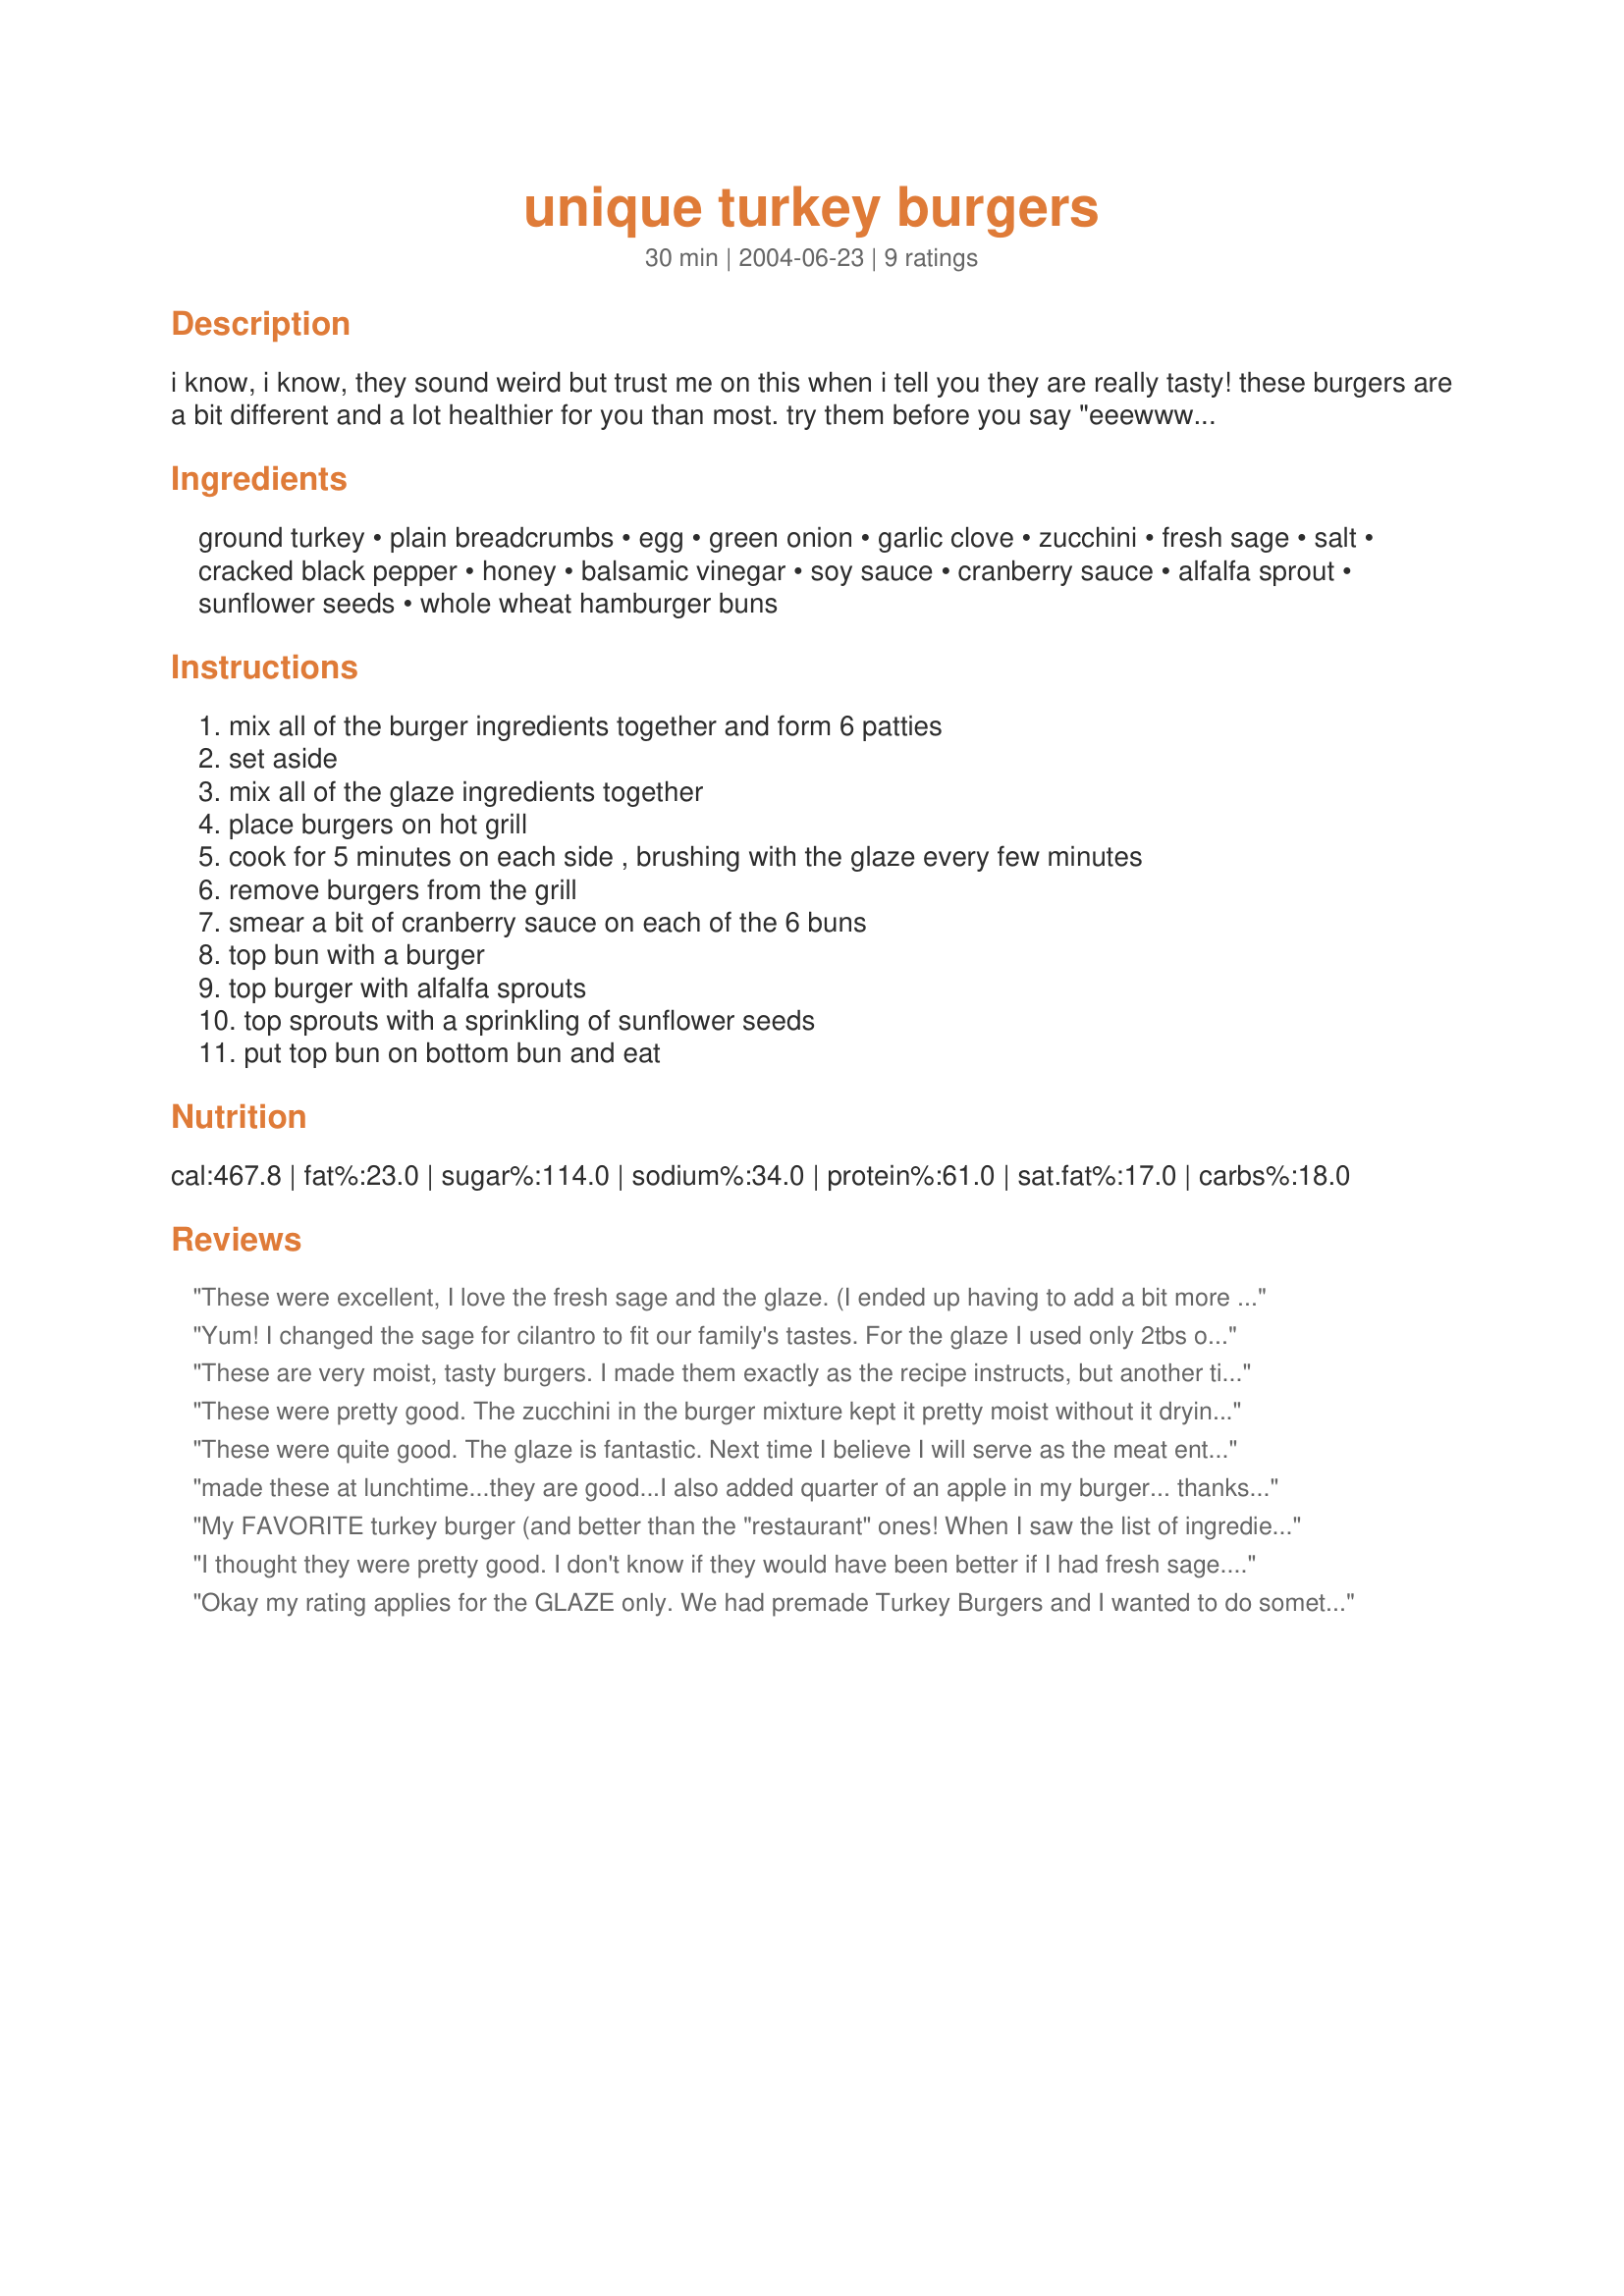
unique turkey burgers
Preparation time: 30 minutes

i know, i know, they sound weird but trust me on this when i tell you they are really tasty! these burgers are a bit different and a lot healthier for you than most. try them before you say "eeewwww." prep time includes the time needed to build the burgers after they are cooked.

Ingredients:
ground turkey, plain breadcrumbs, egg, green onion, garlic clove, zucchini, fresh sage, salt, cracked black pepper, honey, balsamic vinegar, soy sauce, cranberry sauce, alfalfa sprout, sunflower seeds, whole wheat hamburger buns

Steps:
mix all of the burger ingredients together and form 6 patties, set aside, mix all of the glaze ingredients together, place burgers on hot grill, cook for 5 minutes on each side , brushing with the glaze every few minutes, remove burgers from the grill, smear a bit of cranberry sauce on each of the 6 buns, top bun with a burger, top burger with alfalfa sprouts, top sprouts with a sprinkling of sunflower seeds, put top bun on bottom bun and eat

Reviews:
These were excellent, I love the fresh sage and the glaze. (I ended up having to add a bit more panko than I had anticipated.)
Yum! I changed the sage for cilantro to fit our family's tastes. For the glaze I used only 2tbs of maple syrup instead of the honey, that was plenty sweet. Also used the cranberry sauce which was a nice touch. Edited... still love this, figured I should give it 5 stars. I made a small batch (10 oz of meat) but it is hard to portion out the egg so I used a whole egg and for the breadcrumbs I used ground almonds to lower the carbs. I just added the almond flour until the texture was right.
These are very moist, tasty burgers. I made them exactly as the recipe instructs, but another time (and I will definitely make them again), I won't baste them with the glaze until just before they are done. For me and the grill I used, the glaze burned giving them a black charcoal coating. I like the garlicky flavor in both the burgers and the glaze. This makes 6 generous patties; I grilled just 2 for us and formed the remainder mixture into 2 small loaves, topped with the leftover glaze and put them in the freezer to bake at a later date.
These were pretty good. The zucchini in the burger mixture kept it pretty moist without it drying out and the glaze was a nice touch.
These were quite good. The glaze is fantastic. Next time I believe I will serve as the meat entree without a bun with a veggie and rice or potato.
made these at lunchtime...they are good...I also added quarter of an apple in my burger...
thanks for the recipe
My FAVORITE turkey burger (and better than the "restaurant" ones! When I saw the list of ingredients I knew this was a "must try." Luckily, I had most of the ingred. except for green onions (so I omitted) and sage (used fresh rosemary- nice woodsy flavor). We cooked on a gas grill, adding the glaze the last few min. only. I topped with homemade cranberry sauce, sprouts, and sunflower seeds (love the little crunch!). I made Recipe #96475, which are perfectly sturdy and fluffy at the same time! My husband LOVED these and my teen daughter went out of her way to say these were good! Thanks Malriah, for posting this. I will make these often!
Roxygirl
I thought they were pretty good. I don't know if they would have been better if I had fresh sage. I am willing to give them another try, tho. The glaze was good...
Okay my rating applies for the GLAZE only. We had premade Turkey Burgers and I wanted to do something extra w/ them so I made the glaze from this recipe. It was a REALLY good glaze that complimented the turkey really well. We ate the burgers on buns w/ tomato and mayo and they were great.
